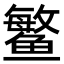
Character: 鳘